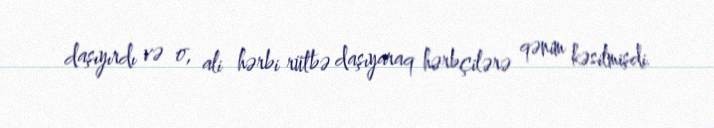
daşıyırdı və o, ali hərbi rütbə daşıyaraq hərbçilərə qənim kəsilmişdi.